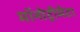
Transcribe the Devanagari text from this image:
मॉनोट्रीमैटा